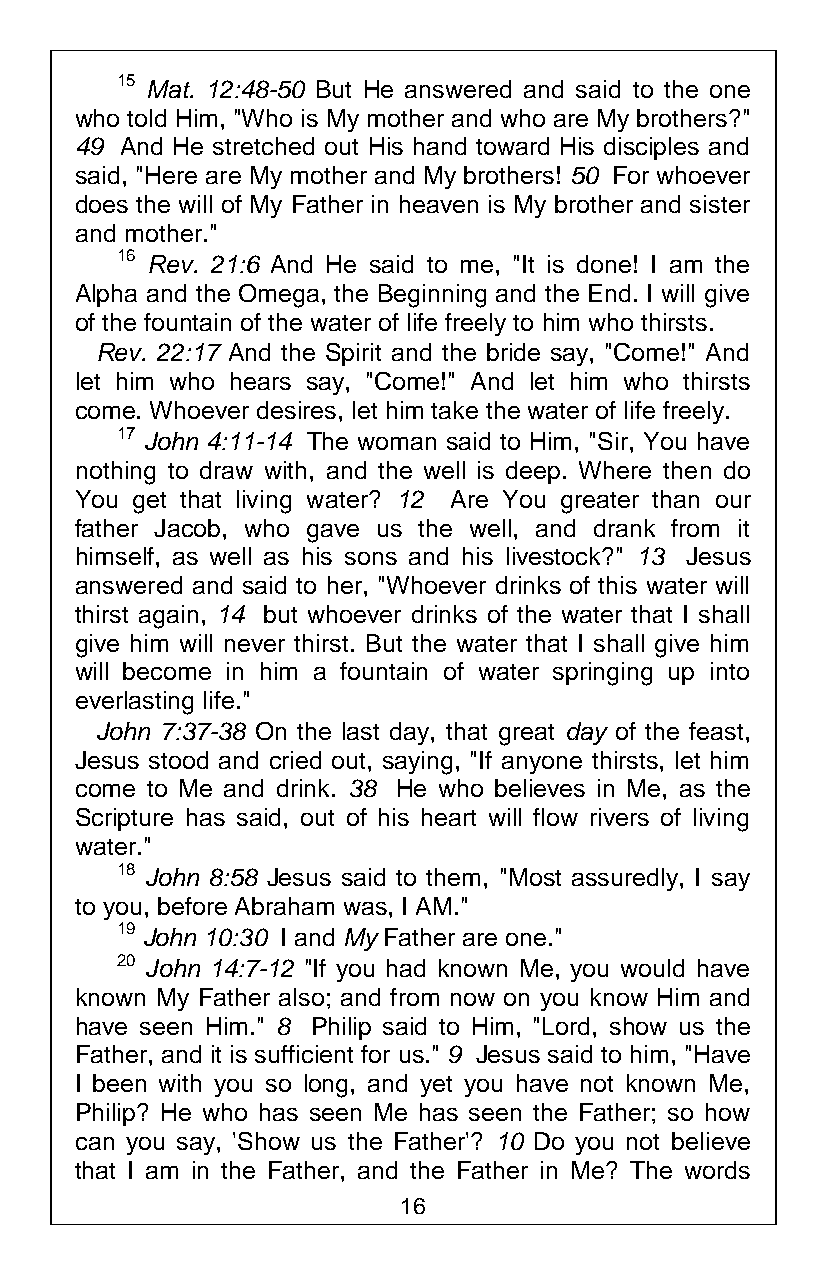
15 Mat. 12:48-50 But He answered and said to the one
 who told Him, "Who is My mother and who are My brothers?"
 49 And He stretched out His hand toward His disciples and
 said, "Here are My mother and My brothers! 50 For whoever
 does the will of My Father in heaven is My brother and sister
 and mother."
 16 Rev. 21:6 And He said to me, "It is done! I am the
 Alpha and the Omega, the Beginning and the End. I will give
 of the fountain of the water of life freely to him who thirsts.
 Rev. 22:17 And the Spirit and the bride say, "Come!" And
 let him who hears say, "Come!" And let him who thirsts
 come. Whoever desires, let him take the water of life freely.
 17 John 4:11-14 The woman said to Him, "Sir, You have
 nothing to draw with, and the well is deep. Where then do
 You get that living water? 12 Are You greater than our
 father Jacob, who gave us the well, and drank from it
 himself, as well as his sons and his livestock?" 13 Jesus
 answered and said to her, "Whoever drinks of this water will
 thirst again, 14 but whoever drinks of the water that I shall
 give him will never thirst. But the water that I shall give him
 will become in him a fountain of water springing up into
 everlasting life."
 John 7:37-38 On the last day, that great day of the feast,
 Jesus stood and cried out, saying, "If anyone thirsts, let him
 come to Me and drink. 38 He who believes in Me, as the
 Scripture has said, out of his heart will flow rivers of living
 water."
 18 John 8:58 Jesus said to them, "Most assuredly, I say
 to you, before Abraham was, I AM."
 19 John 10:30 I and My Father are one."
 20 John 14:7-12 "If you had known Me, you would have
 known My Father also; and from now on you know Him and
 have seen Him." 8 Philip said to Him, "Lord, show us the
 Father, and it is sufficient for us." 9 Jesus said to him, "Have
 I been with you so long, and yet you have not known Me,
 Philip? He who has seen Me has seen the Father; so how
 can you say, 'Show us the Father'? 10 Do you not believe
 that I am in the Father, and the Father in Me? The words
 16